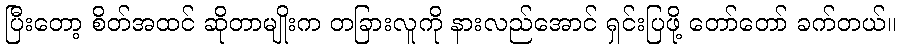
ပြီးတော့ စိတ်အထင် ဆိုတာမျိုးက တခြားလူကို နားလည်အောင် ရှင်းပြဖို့ တော်တော် ခက်တယ်။